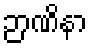
ဉာဏိနာ